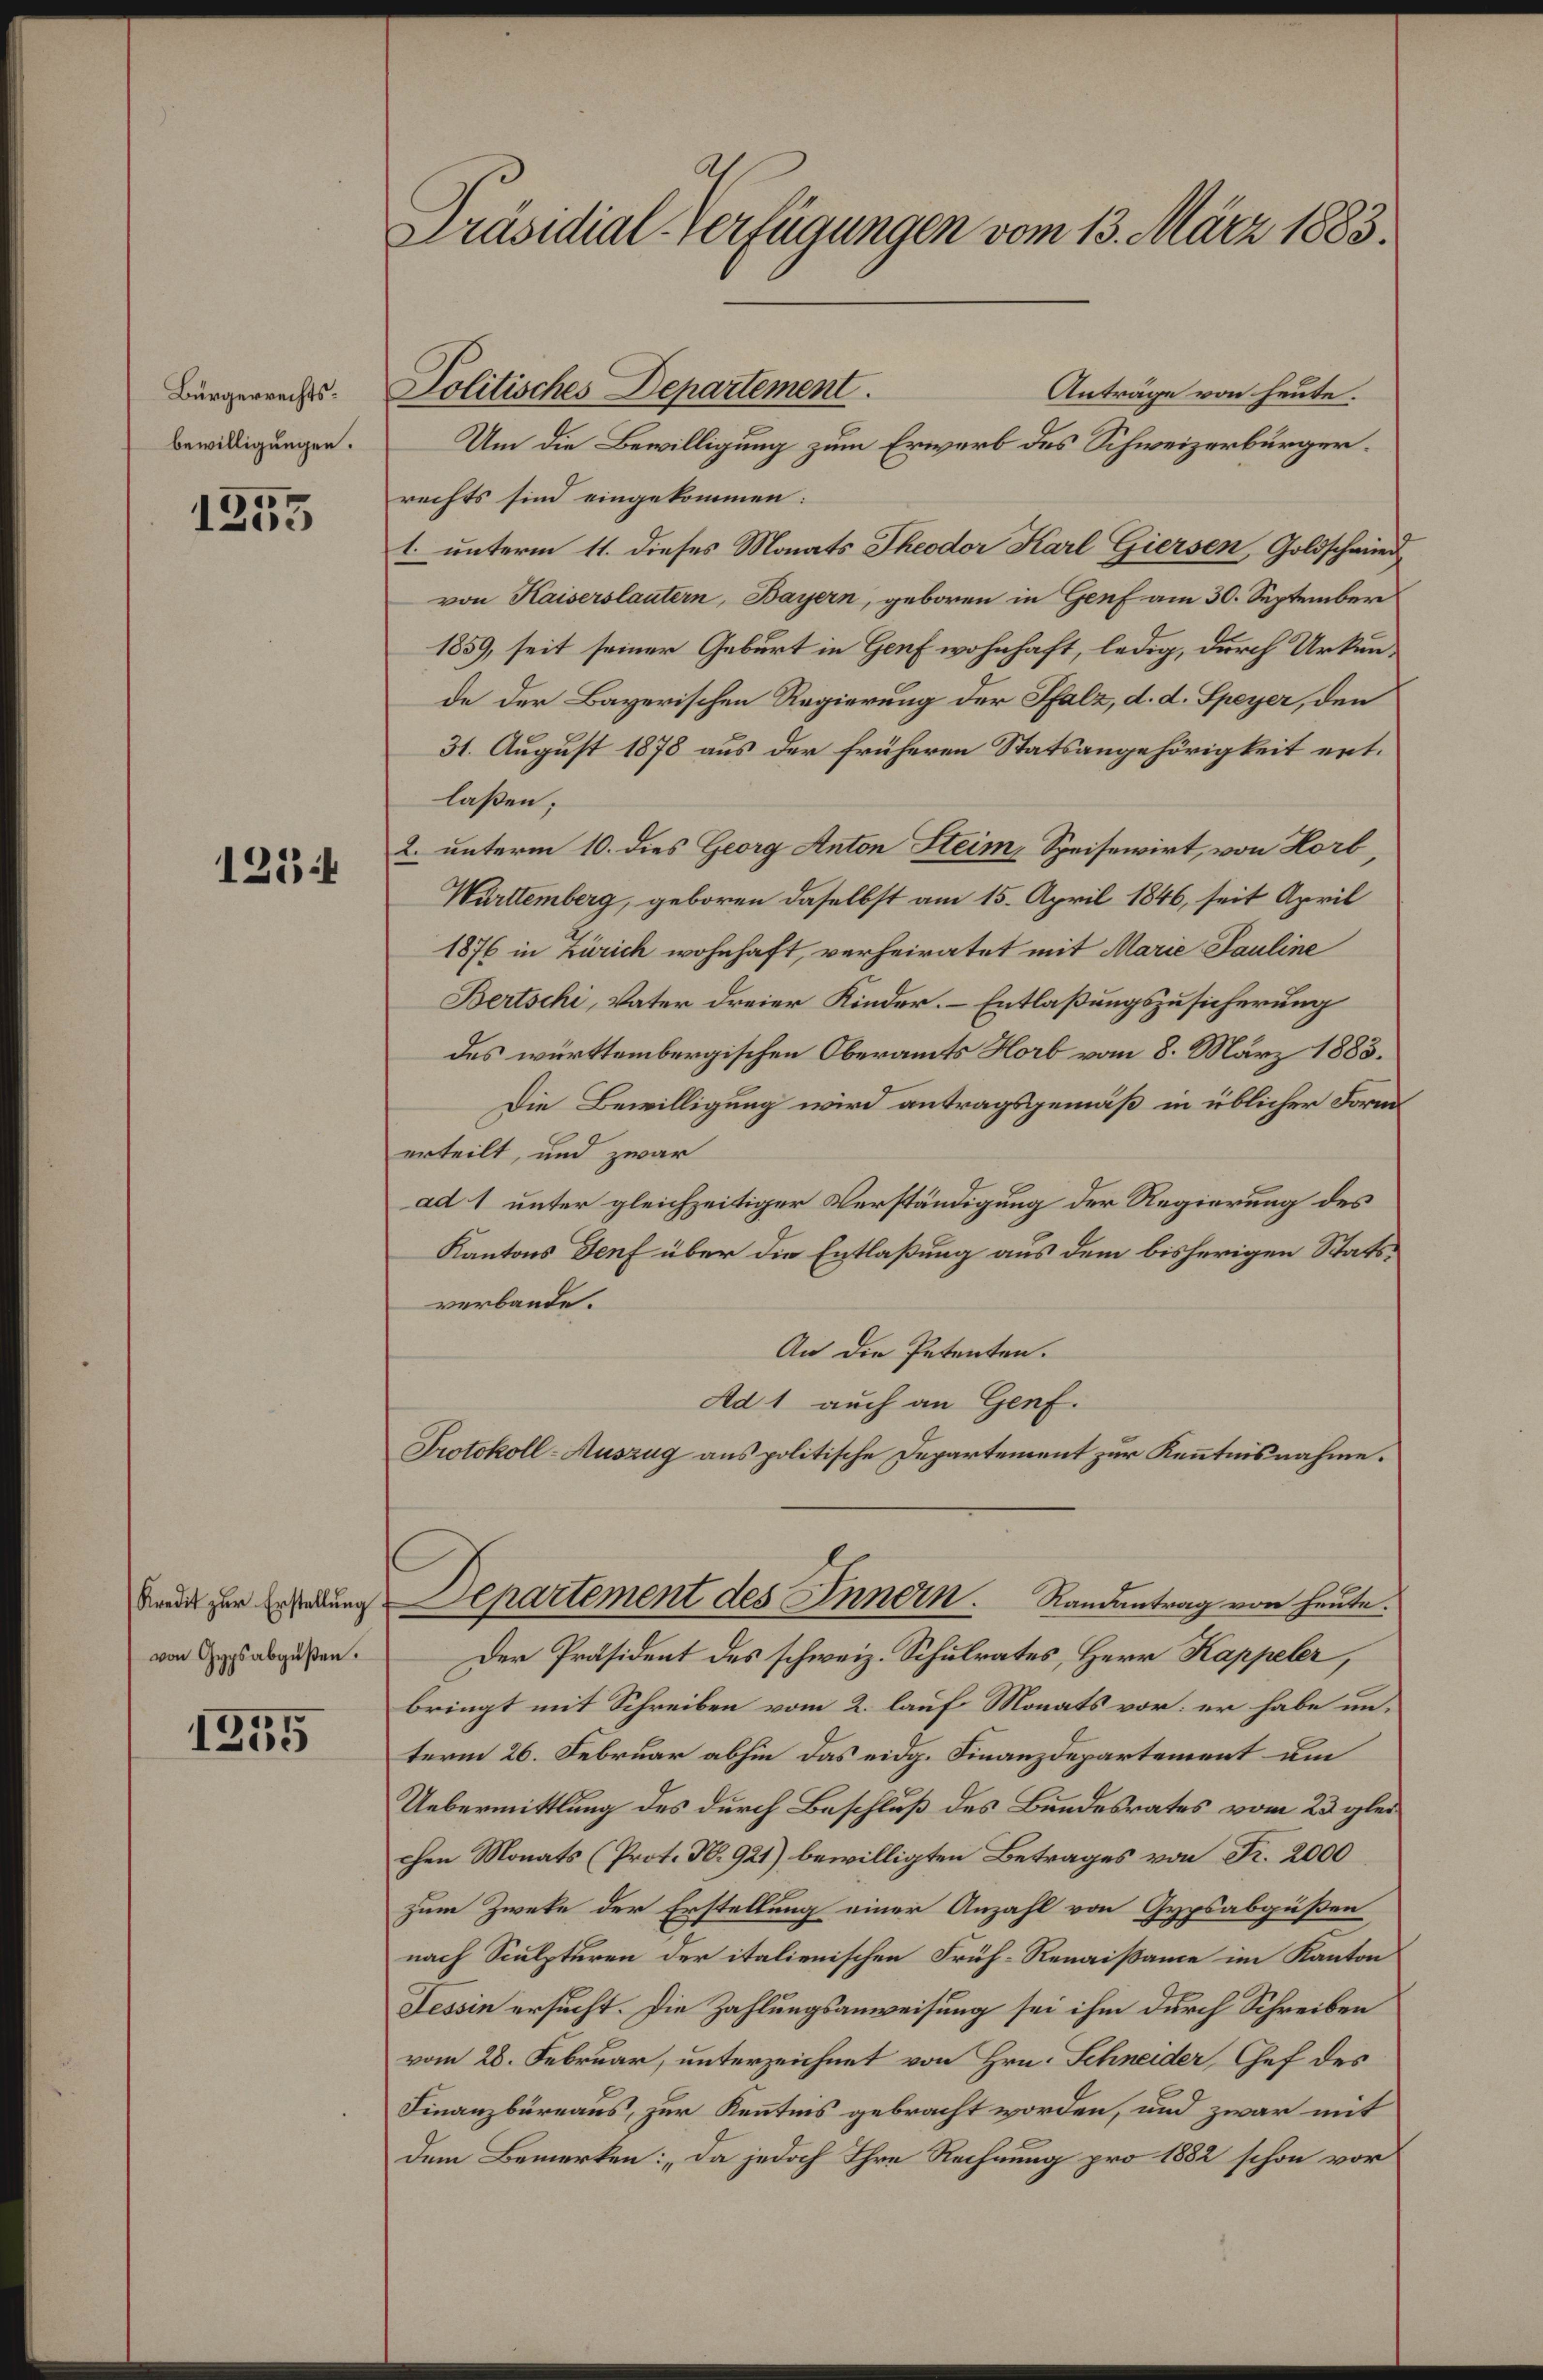
Bürgerrechtsbewilligungen.

1
1205

1254

Kredit zur Erstellung
von Gypsabgüßen.

1355

Präsidial-Verfügungen vom 13. März 1883.

Politisches Departement.
Anträge von heute.
Um die Bewilligung zum Erwerb des Schweizerbürgerrechts sind eingekommen:
1. unterm 11. dieses Monats Theodor Karl Giersen, Goldschwird
von Kaiserslautern, Bayern, geboren in Genf am 30. September
1859, seit seiner Geburt in Genf wohnhaft, ledig, durch Urkunde der Bayerischen Regierung der Pfalz, d. d. Speyer, den
31. August 1878 aus der früheren Statsangehörigkeit entlaßen;
2. unterm 10. dies Georg Anton Steim Speisewirt, von Horb,
Württemberg, geboren daselbst am 15. April 1846, seit April
1876 in Zürich wohnhaft, verheiratet mit Marie Pauline
Bertschi, Vater dreier Kinder. Entlaßungszusicherung
des württembergischen Oberamts Horb vom 8. März 1883.
Die Bewilligung wird antragsgemäß in üblicher Form
erteilt, und zwar
ad 1 unter gleichzeitiger Verständigung der Regierung des
Kantons Genf über die Entlaßung aus dem bisherigen Statsverbande.
An die Petenten.
Ad 1 auch an Genf.
Protokoll-Auszug aus politische Departement zur Kenntnisnahme.
Departement des Innern. Randantrag von heute.
Der Präsident des schweiz. Schulrates, Herr Kappeler,
bringt mit Schreiben vom 2. lauf Monats vor: er habe unterm 26. Februar abhin das eidg. Finanzdepartement um
Uebermittlung des durch Beschluß des Bundesrates vom 23 glei
chen Monats (Prot. N. 921) bewilligten Betrages von Fr. 2000
zum Zweke der Erstellung einer Anzahl von Gypsabgüßen
nach Sculpturen der italienischen Früh- Renaissame im Kanton
Tessin ersucht. Die Zahlungsanweisung sei ihm durch Schreiben
vom 28. Februar, unterzeichnet von Hrn. Schneider, Chef des
Finanzbüreaus, zur Kenntnis gebracht worden, und zwar mit
dem Bemerken: „Da jedoch Ihre Rechnung pro 1882 schon vor